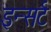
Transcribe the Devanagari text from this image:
इन्सर्ट